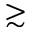
\gtrsim